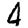
Digit: 4